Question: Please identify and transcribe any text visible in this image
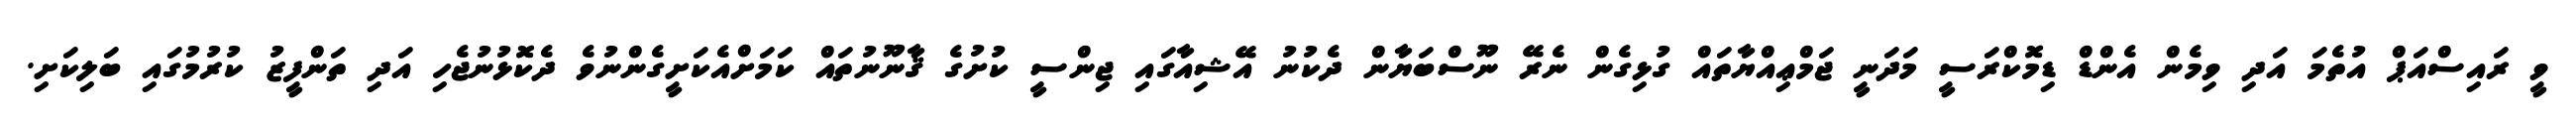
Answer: ވީ ރައިސްއަޕް އުތެމަ އަދި ވިމެން އެންޑް ޑިމޮކްރަސީ މަދަނީ ޖަމްޢިއްޔާތައް ގުޅިގެން ނެރޭ ނޫސްބަޔާން ދެކުނު އޭޝިއާގައި ޖިންސީ ކުށުގެ ޤާނޫނުތައް ކަމަށްއެކަށީގެންނުވެ ދެކޮޅުނުޖެހި އަދި ތަންފީޒު ކުރުމުގައި ބަލިކަށި.